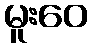
မူးဝေ